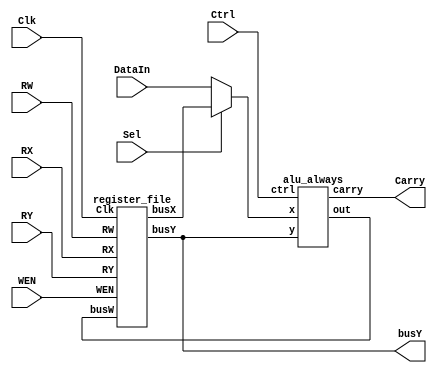
module simple_calculator(
    Clk,
    WEN,
    RW,
    RX,
    RY,
    DataIn,
    Sel,
    Ctrl,
    busY,
    Carry
);

    input        Clk;
    input        WEN;
    input  [2:0] RW, RX, RY;
    input  [7:0] DataIn;
    input        Sel;
    input  [3:0] Ctrl;
    output [7:0] busY;
    output       Carry;

// declaration of wire/reg
    wire [7:0] busX1,busX2,busW1;
    wire [7:0] busW;
// submodule instantiation
  alu_always alu(
    .ctrl(Ctrl),
    .x(busX2),
    .y(busY),
    .carry(Carry),
    .out(busW)
    );
  register_file rf(
    .Clk(Clk),
    .WEN(WEN),
    .RW(RW),
    .busW(busW),
    .RX(RX),
    .RY(RY),
    .busX(busX1),
    .busY(busY)
    );
  assign busX2 = (~Sel)?DataIn:busX1;
  /*always@(posedge Clk) begin
    busW <= busW1;

    end*/
endmodule
module alu_always(
    ctrl,
    x,
    y,
    carry,
    out 
);
    
    input  [3:0] ctrl;
    input  [7:0] x;
    input  [7:0] y;
    output reg       carry;
    output reg [7:0] out;
    always @(*) begin
        carry = 1'bx;
        case(ctrl)
            4'b0000: {carry,out} = {x[7],x}+{y[7],y};
            4'b0001: {carry,out} = {x[7],x}-{y[7],y};
            4'b0010: out = x&y;
            4'b0011: out = x|y;
            4'b0100: out = ~x;
            4'b0101: out = x^y;
            4'b0110: out = ~(x|y);
            4'b0111: out = y<<x[2:0];
            4'b1000: out = y>>x[2:0];
            4'b1001: out = {x[7],x[7:1]};
            4'b1010: out = {x[6:0],x[7]};
            4'b1011: out = {x[0],x[7:1]};
            4'b1100: out = (x==y)?1:0;
            default: out = 0;
        endcase
    end

endmodule
module register_file(
    Clk  ,
    WEN  ,
    RW   ,
    busW ,
    RX   ,
    RY   ,
    busX ,
    busY
);
input        Clk, WEN;
input  [2:0] RW, RX, RY;
input  [7:0] busW;
output reg [7:0] busX, busY;
integer i;
// write your design here, you can delcare your own wires and regs. 
// The code below is just an eaxmple template
//reg [7:0] r0_w, r1_w, r2_w, r3_w, r4_w, r5_w, r6_w, r7_w;
//reg [7:0] r0_r, r1_r, r2_r, r3_r, r4_r, r5_r, r6_r, r7_r;
reg [7:0] r_w [7:0];
reg [7:0] r_r [7:0];
    
always@(*) begin
    for (i = 0; i <= 7; i = i+1) begin
        r_r[i] = r_w[i];
    end
    r_w[0] = 0;
    r_r[0] = 0;
    busX = r_r[RX];
    busY = r_r[RY];
end

always@(posedge Clk) begin
    if (WEN==1) begin
        r_w[RW] <= busW;
    end
    else begin
        r_w[RW] <= r_r[RW];
    end
end 

endmodule